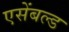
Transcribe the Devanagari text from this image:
एसेंबल्ड